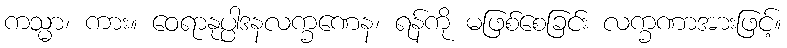
ကသ္မာ၊ ကား။ ဝေရာနုပ္ပါဒနလက္ခဏေန၊ ရန်ကို မဖြစ်စေခြင်း လက္ခဏာအားဖြင့်။